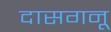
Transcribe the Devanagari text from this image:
दासगनू